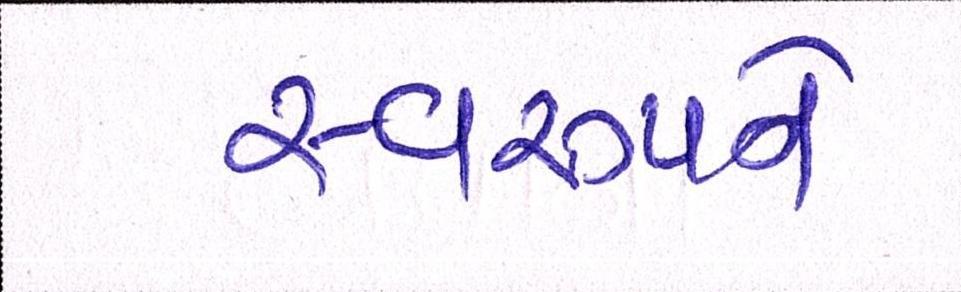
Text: સ્વરૂપને